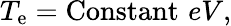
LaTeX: T_{\mathrm{e}}=\mathrm{Constant}\, \, eV,